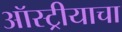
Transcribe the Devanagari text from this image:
ऑस्ट्रीयाचा